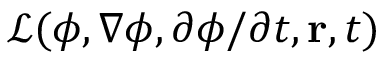
{ \mathcal { L } } ( \phi , \nabla \phi , \partial \phi / \partial t , \mathbf { r } , t )